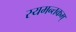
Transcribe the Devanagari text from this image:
स्यमन्तकम्